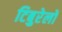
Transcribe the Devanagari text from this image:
टिबुरेलो